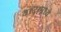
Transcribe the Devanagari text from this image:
वादामध्ये